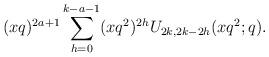
LaTeX: \begin{align*}(xq)^{2a+1}\sum_{h=0}^{k-a-1}(xq^2)^{2h}U_{2k,2k-2h}(xq^2;q).\end{align*}